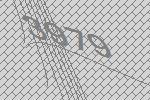
3979